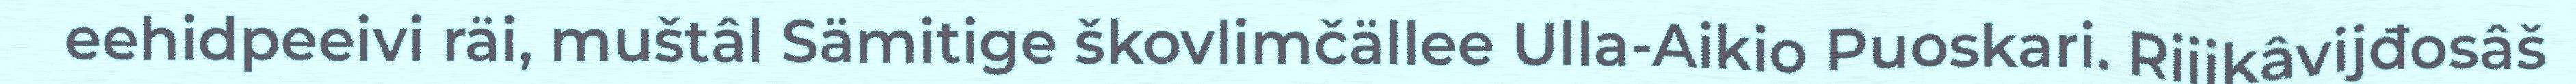
eehidpeeivi räi, muštâl Sämitige škovlimčällee Ulla-Aikio Puoskari. Riijkâvijđosâš